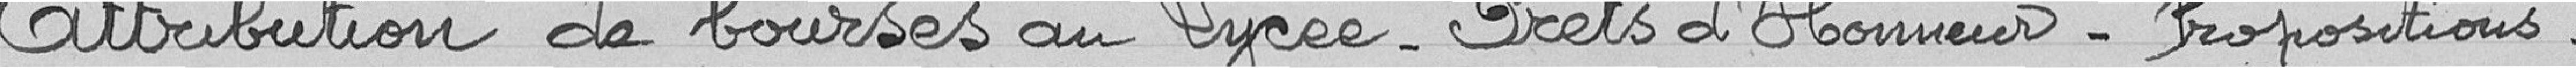
Attribution de bourses au Lycée - Prêts d'Honneur - Propositions